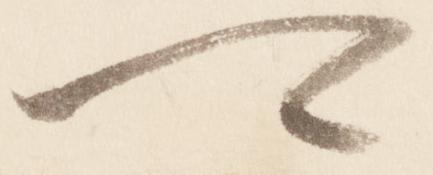
可